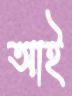
আই